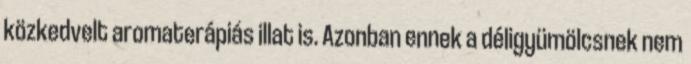
közkedvelt aromaterápiás illat is. Azonban ennek a déligyümölcsnek nem